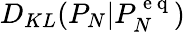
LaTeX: D_{KL}(P_{N}|P_{N}^{\mathrm{~e~q~}})